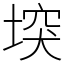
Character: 堗